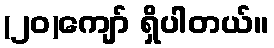
(၂၀)ကျော် ရှိပါတယ်။